[Report on the health of British troops in the Madras command]
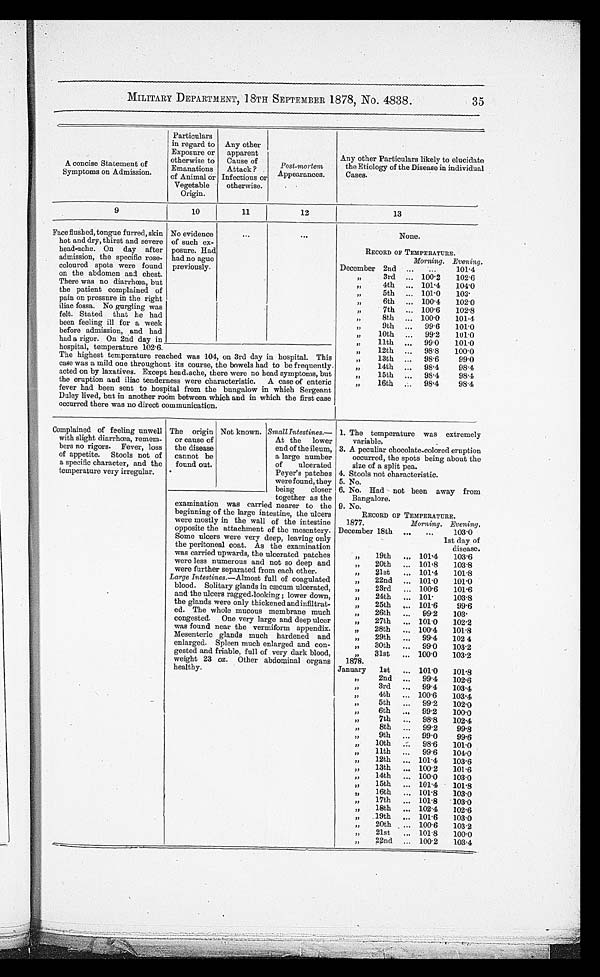
MILITARY DEPARTMENT, 18TH SEPTEMBER 1878, No. 4838.
35
A concise Statement of
Symptoms on Admission.
Particulars
in regard to
Exposure or
otherwise to
Emanations
of Animal or
Vegetable
Origin.
Any other
apparent
Cause of
Attack ?
Infectious or
otherwise.
Post-morte
mAp p e a r a n c e s .
Any other Particulars likely to elucidate
t h e E t i o l o g y o f t h e D i s e a s e i n i n d i v i d u a l C a s e s .
9
10
11
12
13
Face flushed, tongue furred, skin
hot and dry, thirst and severe
head-ache. On day after
admission, the specific rose
hcoloured spots were found
on the abdomen and
chest. There was no diarrhœa, bu
t the patient complained o
f pain on pressure in the right
iliac fossa. No gurgling was
felt. Stated that he ha
d been feeling ill for a week
before admission, and had
had a rigor. On 2nd day in
hospital, temperature 102·6.
No e vi de nc e of s uc h e x- pos ur e . Ha d ha d no a gue pr e vi ous l y.
None.
RECORD OF TEMPERATURE.
Morning. Evening.
December 2nd
101·4
,, 3rd
100·2
102·6
„ 4 t h
101·4
104·0
, , 5 t h
101·0
103 ·
„ 6th
100·4
102·0
„ 7th
100·6
102·8
, , 8 t h
100·0
101·4
„ 9th
99·6
101·0
,, 10th
99·2
101·0
,, 11th
99·0
101·0
,,
12th
98·8
100·0
The highest temperature reached was 104, on 3rd day in hospital. This
case was a mild one throughout its course, the bowels had
t o b e f r e q u e n t l y a c t e d o n b y l a x a t i v e s . E x c e p t h e a d - a c h e , t h e r e w e r e n o h e a d s y m p t o m s , b u t t h e e r u p t i o n a n d i l i a c t e n d e r n e s s w e r e c h a r a c t e r i s t i c . A c a s e o f e n t e r i c f e v e r h a d b e e n s e n t t o h o s p i t a l f r o m t h e b u n g a l o w i n w h i c h S e g e a n t D u l y l i v e d , b u t i n a n o t h e r r o o m b e t w e e n a n d i n w h i c h t h e f i r s t c a s e o c c u r r e d t h e r e w a s n o d i r e c t c o m m u n i c a t i o n .
„ 13th
98·6
99·0
„ 14th
98·4
98·4
„ 1 5 t h
98·4
98 · 4
,, 16th
98·4
98·4
Complained of feeling unwell
with slight diarrhœa, rem
em-bers no rigors. Fever, loss
of appetite. Stools not of
a specific character, and the
temperature very irregular.
The origin
or cause of
the disease
cannot be
found out.
Not known. Small Intestines.
— At the lower
end of the ileum,
a large number
of ulcerated
Peyer’s patches
were found, they
being closer
together as the
1. The temperature was extremely
variable
.
3. A peculiar chocolate-colored eruption
occurred, the
spots being about
the
size of a split pea.
4. Stools not characteristic.
5. No.
6. No. Had not been away from
Bangalore
.
examination was carried nearer to the
beginning of the large intestine, the ulcers
were mostly in the wall of the intestine
opposite the attachment of the mesentery.
Some ulcers were very deep, leaving only
the peritoneal coat. As the examination
was carried upwards, the ulcerated patches
were less numerous and not so deep and
were further separated from each other.
Large Intestines.—Almost full of coagulated
blood. Solitary glands in cæcum ulcerated,
and the ulcers ragged-looking; lower down,
the glands were only thickened and infiltrat
-ed. The whole mucous membrane much
congested. One very large and deep ulcer
was found near the vermiform appendix.
Mesenteric glands much hardened and
enlarged. Spleen much enlarged and con
-gested and friable, full of very dark blood,
weight 23 oz. Other abdominal organs
healthy.
9. No.
RECORD OF TEMPERATURE
.
1877.
Morning. Evening.
December 18th
103·0
1st day of
disease.
„
19th
101·4
103·6
„
20th
101·8
103·8
,,
21st
101·4
101·8
„
22nd
101·0
101·0
„
23rd
100·6
101·6
„
24th
101·
103·8
„
25th
101·6
99·6
„
26th
99·2
103 ·
„
27th
101·0
102 · 2
„
28th
100·4
101·8
„
29th
99·4
102·4
„
30th
99·0
103·2
„
31st
100·0
103·2
1 8 7 8 .
January
1st
101·0
101·8
„
2nd
99·4
102·6
„
3rd
99·4
103·4
„
4th
100·6
103·4
„
5th
99·2
102·0
„
6th
99·2
100·0
„
7th
98·8
102·4
,,
8th
99·2
99·8
,,
9th
99·0
99·6
„
10th
98·6
101·0
,,
11th
99·6
104·0
„
12th
101·4
103·6
„
13th
100·2
101·6
„
14th
100·0
103·0
„
15th
101·4
101·8
„
16th
101·8
103·0
„
17th
101·8
103·0
„
18th
102·4
102·6
„
19th
101·6
103.0
„
20th
100·6
1 0 3 · 2
„
21st
101·8
100.0
,,
22nd
100·2
103·4